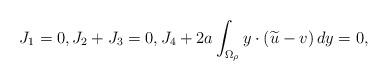
LaTeX: \begin{align*}J_1=0, J_2+J_3=0, J_4+2a\int_{\Omega_\rho}y\cdot (\widetilde u-v)\,dy=0,\end{align*}